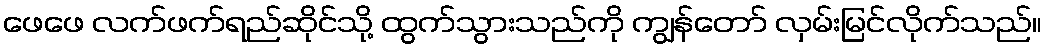
ဖေဖေ လက်ဖက်ရည်ဆိုင်သို့ ထွက်သွားသည်ကို ကျွန်တော် လှမ်းမြင်လိုက်သည်။